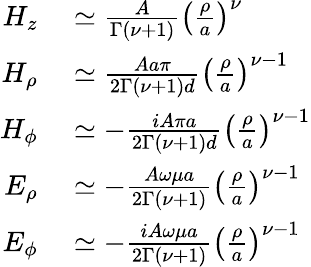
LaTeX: \begin{array}{rl}{H_{z}}&{{}\simeq\frac{A}{\Gamma\left(\nu+1\right)}\left(\frac{\rho}{a}\right)^{\nu}}\\ {H_{\rho}}&{{}\simeq\frac{Aa\pi}{2\Gamma\left(\nu+1\right)d}\left(\frac{\rho}{a}\right)^{\nu-1}}\\ {H_{\phi}}&{{}\simeq-\frac{iA\pi a}{2\Gamma(\nu+1)d}\left(\frac{\rho}{a}\right)^{\nu-1}}\\ {E_{\rho}}&{{}\simeq-\frac{A\omega\mu a}{2\Gamma(\nu+1)}\left(\frac{\rho}{a}\right)^{\nu-1}}\\ {E_{\phi}}&{{}\simeq-\frac{iA\omega\mu a}{2\Gamma(\nu+1)}\left(\frac{\rho}{a}\right)^{\nu-1}}\end{array}